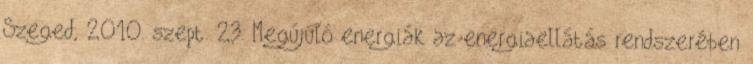
Szeged, 2010. szept. 23. Megújuló energiák az energiaellátás rendszerében